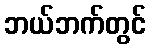
ဘယ်ဘက်တွင်